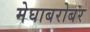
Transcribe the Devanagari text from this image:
मेघाबरोबर